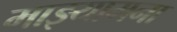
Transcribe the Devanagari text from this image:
माझ्यामना